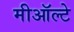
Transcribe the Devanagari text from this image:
मीऑल्टे